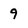
Character: 9